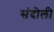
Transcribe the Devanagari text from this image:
संदोली